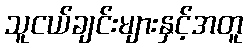
သူငယ်ချင်းများနှင့်အတူ